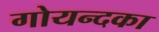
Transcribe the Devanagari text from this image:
गोयन्‍दका